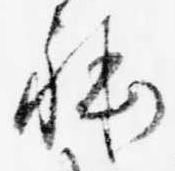
躰